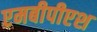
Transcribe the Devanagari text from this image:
एमबीपीएश